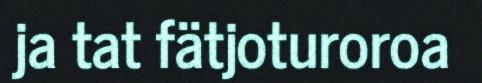
ja tat fätjoturoroa